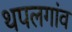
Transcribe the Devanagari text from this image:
थपलगांव